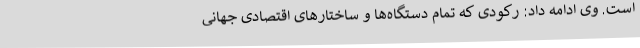
است. وی ادامه داد: رکودی که تمام دستگاه‌ها و ساختارهای اقتصادی جهانی